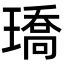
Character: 𤩝